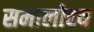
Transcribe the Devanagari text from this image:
समालोक्य